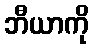
ဘီယာကို